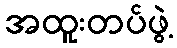
အထူးတပ်ဖွဲ့